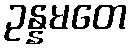
ဥန္နမတေ